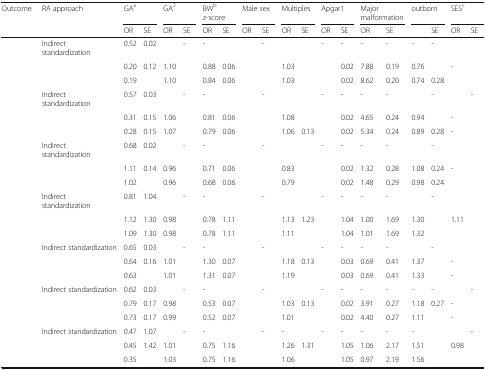
<table><thead><tr><td rowspan="2"><b>Outcome</b></td><td rowspan="2"><b>RA approach</b></td><td colspan="2"><b>GA<sup>a</sup></b></td><td colspan="2"><b>GA<sup>2</sup></b></td><td colspan="2"><b>BW<sup>b</sup> z-score</b></td><td colspan="2"><b>Male sex</b></td><td colspan="2"><b>Multiples</b></td><td colspan="2"><b>Apgar1</b></td><td colspan="2"><b>Major malformation</b></td><td colspan="2"><b>outborn</b></td><td colspan="2"><b>SES<sup>c</sup></b></td></tr><tr><td><b>OR</b></td><td><b>SE</b></td><td><b>OR</b></td><td><b>SE</b></td><td><b>OR</b></td><td><b>SE</b></td><td><b>OR</b></td><td><b>SE</b></td><td><b>OR</b></td><td><b>SE</b></td><td><b>OR</b></td><td><b>SE</b></td><td><b>OR</b></td><td><b>SE</b></td><td>[EMPTY_CELL]</td><td><b>SE</b></td><td><b>OR</b></td><td><b>SE</b></td></tr></thead><tbody><tr><td rowspan="3">[EMPTY_CELL]</td><td>Indirect standardization</td><td>0.52</td><td>0.02</td><td>[EMPTY_CELL]</td><td>-</td><td>-</td><td>[EMPTY_CELL]</td><td>[EMPTY_CELL]</td><td>-</td><td>[EMPTY_CELL]</td><td>[EMPTY_CELL]</td><td>-</td><td>-</td><td>-</td><td>-</td><td>-</td><td>-</td><td>[EMPTY_CELL]</td><td>[EMPTY_CELL]</td></tr><tr><td>[EMPTY_CELL]</td><td>0.20</td><td>0.12</td><td>1.10</td><td>[EMPTY_CELL]</td><td>0.88</td><td>0.06</td><td>[EMPTY_CELL]</td><td>[EMPTY_CELL]</td><td>1.03</td><td>[EMPTY_CELL]</td><td>[EMPTY_CELL]</td><td>0.02</td><td>7.88</td><td>0.19</td><td>0.76</td><td>[EMPTY_CELL]</td><td>-</td><td>[EMPTY_CELL]</td></tr><tr><td>[EMPTY_CELL]</td><td>0.19</td><td>[EMPTY_CELL]</td><td>1.10</td><td>[EMPTY_CELL]</td><td>0.84</td><td>0.06</td><td>[EMPTY_CELL]</td><td>[EMPTY_CELL]</td><td>1.03</td><td>[EMPTY_CELL]</td><td>[EMPTY_CELL]</td><td>0.02</td><td>8.62</td><td>0.20</td><td>0.74</td><td>0.28</td><td>[EMPTY_CELL]</td><td>[EMPTY_CELL]</td></tr><tr><td rowspan="3">[EMPTY_CELL]</td><td>Indirect standardization</td><td>0.57</td><td>0.03</td><td>[EMPTY_CELL]</td><td>-</td><td>-</td><td>[EMPTY_CELL]</td><td>[EMPTY_CELL]</td><td>-</td><td>[EMPTY_CELL]</td><td>[EMPTY_CELL]</td><td>-</td><td>-</td><td>-</td><td>-</td><td>[EMPTY_CELL]</td><td>-</td><td>[EMPTY_CELL]</td><td>-</td></tr><tr><td>[EMPTY_CELL]</td><td>0.31</td><td>0.15</td><td>1.06</td><td>[EMPTY_CELL]</td><td>0.81</td><td>0.06</td><td>[EMPTY_CELL]</td><td>[EMPTY_CELL]</td><td>1.08</td><td>[EMPTY_CELL]</td><td>[EMPTY_CELL]</td><td>0.02</td><td>4.65</td><td>0.24</td><td>0.94</td><td>[EMPTY_CELL]</td><td>-</td><td>[EMPTY_CELL]</td></tr><tr><td>[EMPTY_CELL]</td><td>0.28</td><td>0.15</td><td>1.07</td><td>[EMPTY_CELL]</td><td>0.79</td><td>0.06</td><td>[EMPTY_CELL]</td><td>[EMPTY_CELL]</td><td>1.06</td><td>0.13</td><td>[EMPTY_CELL]</td><td>0.02</td><td>5.34</td><td>0.24</td><td>0.89</td><td>0.28</td><td>-</td><td>[EMPTY_CELL]</td></tr><tr><td rowspan="3">[EMPTY_CELL]</td><td>Indirect standardization</td><td>0.68</td><td>0.02</td><td>[EMPTY_CELL]</td><td>-</td><td>-</td><td>[EMPTY_CELL]</td><td>[EMPTY_CELL]</td><td>-</td><td>[EMPTY_CELL]</td><td>[EMPTY_CELL]</td><td>-</td><td>-</td><td>-</td><td>-</td><td>[EMPTY_CELL]</td><td>-</td><td>[EMPTY_CELL]</td><td>[EMPTY_CELL]</td></tr><tr><td>[EMPTY_CELL]</td><td>1.11</td><td>0.14</td><td>0.96</td><td>[EMPTY_CELL]</td><td>0.71</td><td>0.06</td><td>[EMPTY_CELL]</td><td>[EMPTY_CELL]</td><td>0.83</td><td>[EMPTY_CELL]</td><td>[EMPTY_CELL]</td><td>0.02</td><td>1.32</td><td>0.28</td><td>1.08</td><td>0.24</td><td>-</td><td>[EMPTY_CELL]</td></tr><tr><td>[EMPTY_CELL]</td><td>1.02</td><td>[EMPTY_CELL]</td><td>0.96</td><td>[EMPTY_CELL]</td><td>0.68</td><td>0.06</td><td>[EMPTY_CELL]</td><td>[EMPTY_CELL]</td><td>0.79</td><td>[EMPTY_CELL]</td><td>[EMPTY_CELL]</td><td>0.02</td><td>1.48</td><td>0.29</td><td>0.98</td><td>0.24</td><td>[EMPTY_CELL]</td><td>[EMPTY_CELL]</td></tr><tr><td rowspan="3">[EMPTY_CELL]</td><td>Indirect standardization</td><td>0.81</td><td>1.04</td><td>[EMPTY_CELL]</td><td>-</td><td>-</td><td>[EMPTY_CELL]</td><td>[EMPTY_CELL]</td><td>-</td><td>[EMPTY_CELL]</td><td>[EMPTY_CELL]</td><td>-</td><td>-</td><td>-</td><td>-</td><td>[EMPTY_CELL]</td><td>-</td><td>[EMPTY_CELL]</td><td>[EMPTY_CELL]</td></tr><tr><td>[EMPTY_CELL]</td><td>1.12</td><td>1.30</td><td>0.98</td><td>[EMPTY_CELL]</td><td>0.78</td><td>1.11</td><td>[EMPTY_CELL]</td><td>[EMPTY_CELL]</td><td>1.13</td><td>1.23</td><td>[EMPTY_CELL]</td><td>1.04</td><td>1.00</td><td>1.69</td><td>1.30</td><td>[EMPTY_CELL]</td><td>1.11</td><td>[EMPTY_CELL]</td></tr><tr><td>[EMPTY_CELL]</td><td>1.09</td><td>1.30</td><td>0.98</td><td>[EMPTY_CELL]</td><td>0.78</td><td>1.11</td><td>[EMPTY_CELL]</td><td>[EMPTY_CELL]</td><td>1.11</td><td>[EMPTY_CELL]</td><td>[EMPTY_CELL]</td><td>1.04</td><td>1.01</td><td>1.69</td><td>1.32</td><td>[EMPTY_CELL]</td><td>[EMPTY_CELL]</td><td>[EMPTY_CELL]</td></tr><tr><td rowspan="3">[EMPTY_CELL]</td><td>Indirect standardization</td><td>0.65</td><td>0.03</td><td>[EMPTY_CELL]</td><td>-</td><td>-</td><td>[EMPTY_CELL]</td><td>[EMPTY_CELL]</td><td>-</td><td>[EMPTY_CELL]</td><td>[EMPTY_CELL]</td><td>-</td><td>-</td><td>-</td><td>-</td><td>[EMPTY_CELL]</td><td>-</td><td>[EMPTY_CELL]</td><td>[EMPTY_CELL]</td></tr><tr><td>[EMPTY_CELL]</td><td>0.64</td><td>0.16</td><td>1.01</td><td>[EMPTY_CELL]</td><td>1.30</td><td>0.07</td><td>[EMPTY_CELL]</td><td>[EMPTY_CELL]</td><td>1.18</td><td>0.13</td><td>[EMPTY_CELL]</td><td>0.03</td><td>0.69</td><td>0.41</td><td>1.37</td><td>[EMPTY_CELL]</td><td>-</td><td>[EMPTY_CELL]</td></tr><tr><td>[EMPTY_CELL]</td><td>0.63</td><td>[EMPTY_CELL]</td><td>1.01</td><td>[EMPTY_CELL]</td><td>1.31</td><td>0.07</td><td>[EMPTY_CELL]</td><td>[EMPTY_CELL]</td><td>1.19</td><td>[EMPTY_CELL]</td><td>[EMPTY_CELL]</td><td>0.03</td><td>0.69</td><td>0.41</td><td>1.33</td><td>[EMPTY_CELL]</td><td>-</td><td>[EMPTY_CELL]</td></tr><tr><td rowspan="3">[EMPTY_CELL]</td><td>Indirect standardization</td><td>0.62</td><td>0.03</td><td>[EMPTY_CELL]</td><td>-</td><td>-</td><td>[EMPTY_CELL]</td><td>[EMPTY_CELL]</td><td>-</td><td>[EMPTY_CELL]</td><td>[EMPTY_CELL]</td><td>-</td><td>-</td><td>-</td><td>-</td><td>-</td><td>-</td><td>[EMPTY_CELL]</td><td>-</td></tr><tr><td>[EMPTY_CELL]</td><td>0.79</td><td>0.17</td><td>0.98</td><td>[EMPTY_CELL]</td><td>0.53</td><td>0.07</td><td>[EMPTY_CELL]</td><td>[EMPTY_CELL]</td><td>1.03</td><td>0.13</td><td>[EMPTY_CELL]</td><td>0.02</td><td>3.91</td><td>0.27</td><td>1.18</td><td>0.27</td><td>-</td><td>[EMPTY_CELL]</td></tr><tr><td>[EMPTY_CELL]</td><td>0.73</td><td>0.17</td><td>0.99</td><td>[EMPTY_CELL]</td><td>0.52</td><td>0.07</td><td>[EMPTY_CELL]</td><td>[EMPTY_CELL]</td><td>1.01</td><td>[EMPTY_CELL]</td><td>[EMPTY_CELL]</td><td>0.02</td><td>4.40</td><td>0.27</td><td>1.11</td><td>[EMPTY_CELL]</td><td>-</td><td>[EMPTY_CELL]</td></tr><tr><td rowspan="3">[EMPTY_CELL]</td><td>Indirect standardization</td><td>0.47</td><td>1.07</td><td>[EMPTY_CELL]</td><td>-</td><td>-</td><td>[EMPTY_CELL]</td><td>[EMPTY_CELL]</td><td>-</td><td>-</td><td>[EMPTY_CELL]</td><td>-</td><td>-</td><td>-</td><td>-</td><td>-</td><td>[EMPTY_CELL]</td><td>[EMPTY_CELL]</td><td>-</td></tr><tr><td>[EMPTY_CELL]</td><td>0.45</td><td>1.42</td><td>1.01</td><td>[EMPTY_CELL]</td><td>0.75</td><td>1.16</td><td>[EMPTY_CELL]</td><td>[EMPTY_CELL]</td><td>1.26</td><td>1.31</td><td>[EMPTY_CELL]</td><td>1.05</td><td>1.06</td><td>2.17</td><td>1.51</td><td>[EMPTY_CELL]</td><td>0.98</td><td>[EMPTY_CELL]</td></tr><tr><td>[EMPTY_CELL]</td><td>0.35</td><td>[EMPTY_CELL]</td><td>1.03</td><td>[EMPTY_CELL]</td><td>0.75</td><td>1.16</td><td>[EMPTY_CELL]</td><td>[EMPTY_CELL]</td><td>1.06</td><td>[EMPTY_CELL]</td><td>[EMPTY_CELL]</td><td>1.05</td><td>0.97</td><td>2.19</td><td>1.56</td><td>[EMPTY_CELL]</td><td>[EMPTY_CELL]</td><td>[EMPTY_CELL]</td></tr></tbody></table>